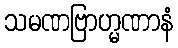
သမဏဗြာဟ္မဏာနံ